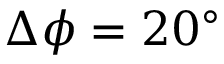
\Delta \phi = 2 0 ^ { \circ }